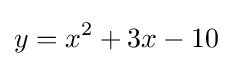
y=x^{2}+3x-10